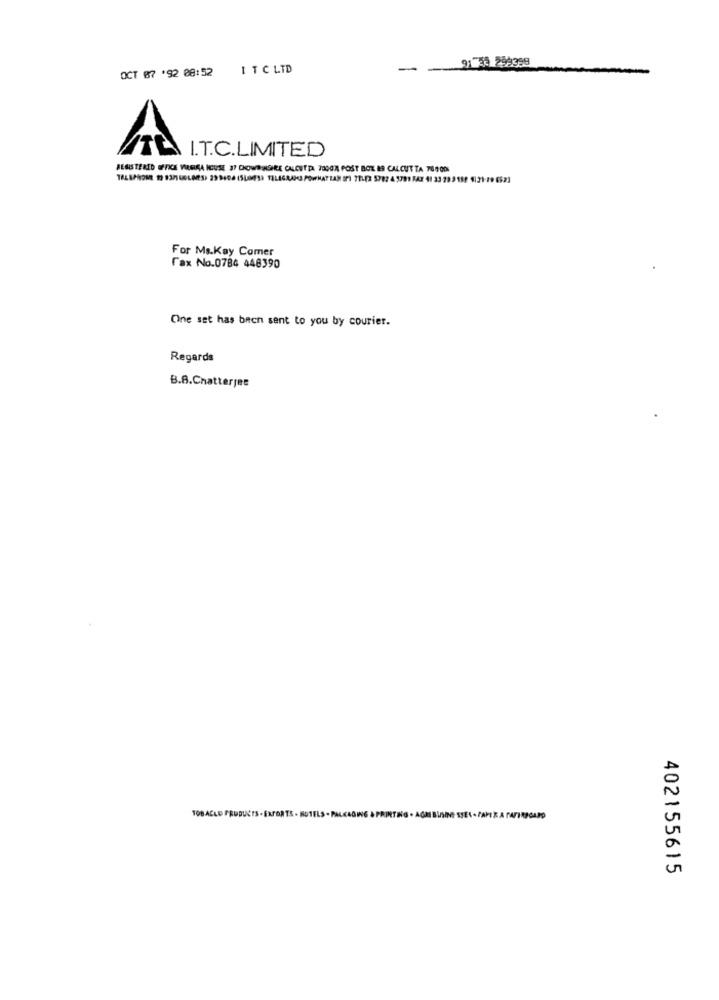
91-40 299399
OCT 87 '92 08:52
I TC LTD
-
TE I.T.C.LIMITED
REGISTERED OFFICE VIRGULA ICUSE 37 CROWDINGIRE CALCUTTA 73OGA POST BOX IS CALCUTTA 76400
For Ms.Kay Comer
Fax No.0784 448390
One set has been sent to you by courier.
Regards
B.8.Chatterjee
TOBACCO PRODUCTS . EXPORTS - HOTELS - PAL
402155615